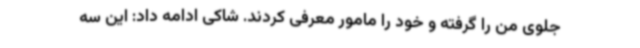
جلوی من را گرفته و خود را مامور معرفی کردند. شاکی ادامه داد: این سه